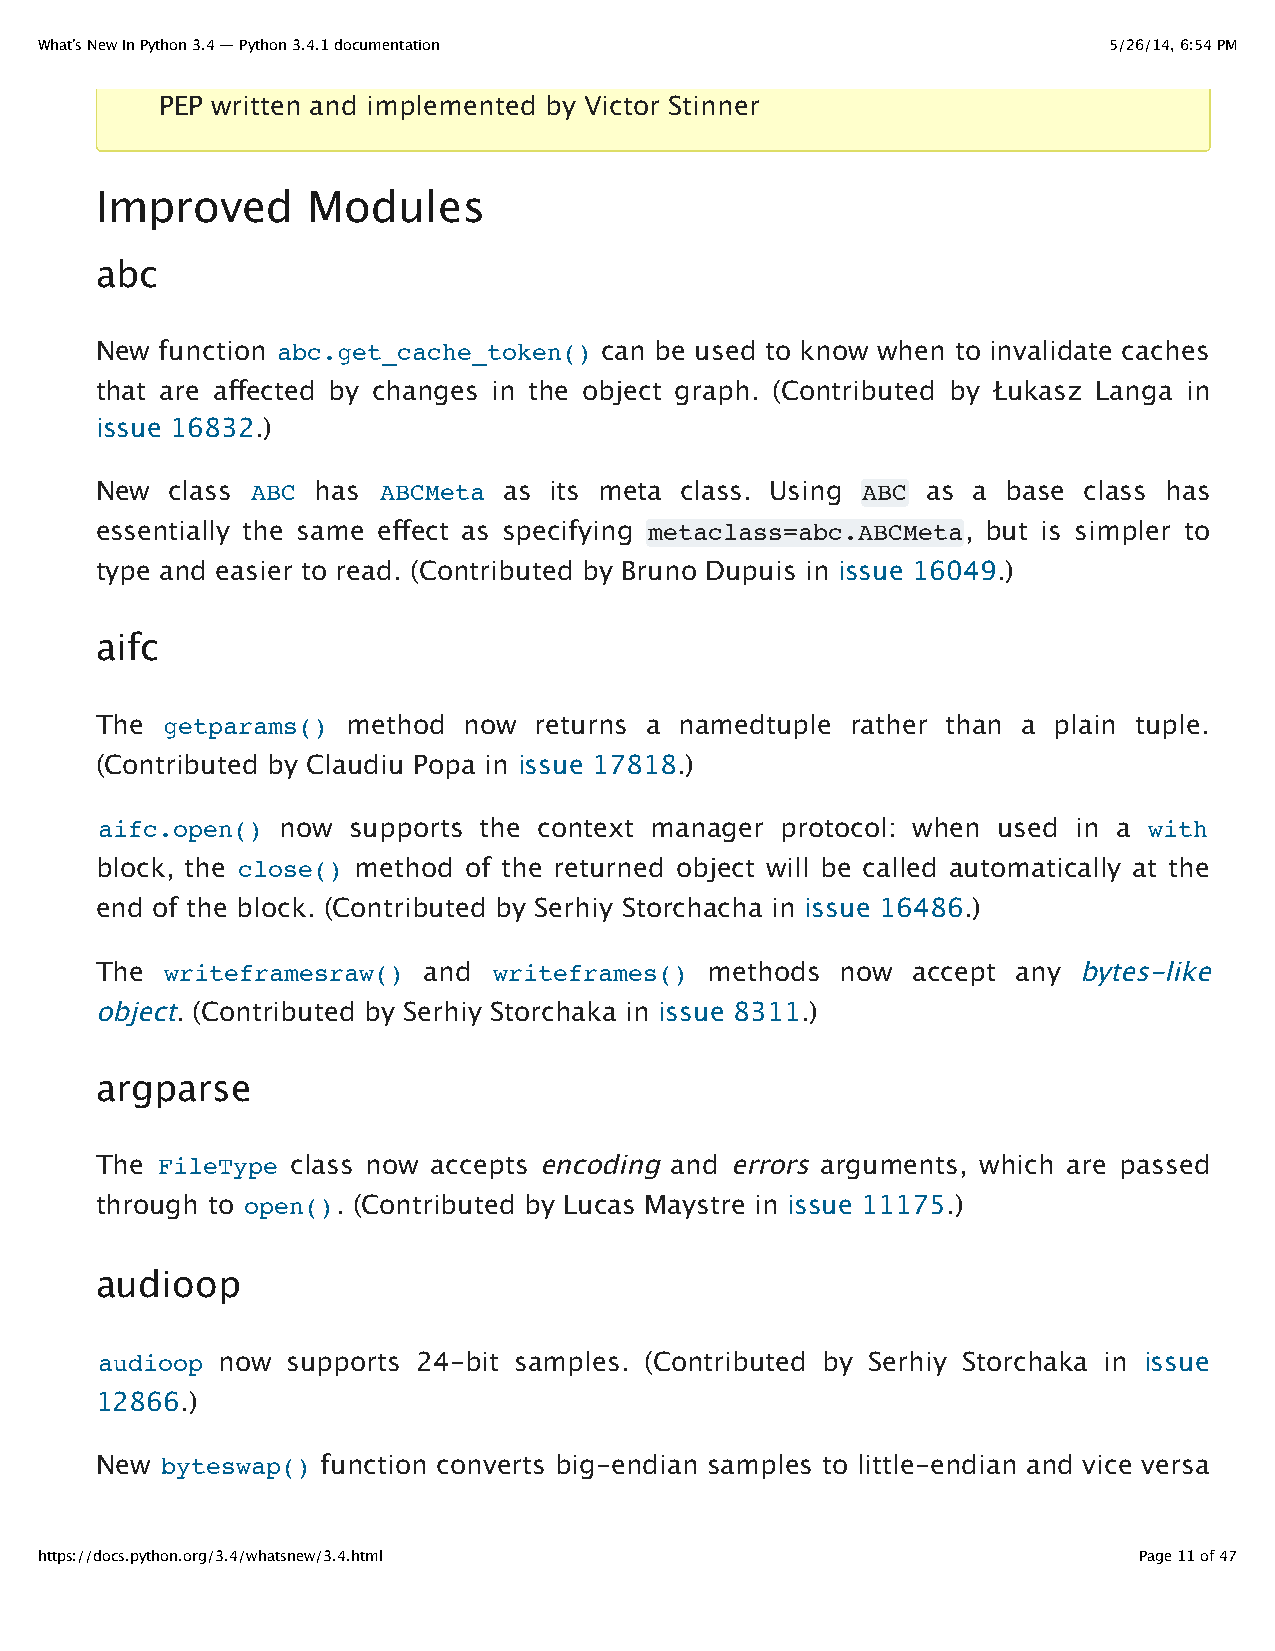
What’s New In Python 3.4 — Python 3.4.1 documentation                  5/26/14, 6:54 PM
 PEP written and implemented by Victor Stinner
 Improved      Modules
 abc
 New  function abc.get_cache_token() can be used to know when to invalidate caches
 that are affected by changes in the object graph. (Contributed by Łukasz Langa in
 issue 16832.)
 New  class ABC has ABCMeta as its meta class. Using ABC as a base class has
 essentially the same effect as specifying metaclass=abc.ABCMeta, but is simpler to
 type and easier to read. (Contributed by Bruno Dupuis in issue 16049.)
 aifc
 The  getparams() method  now returns a namedtuple rather than a plain tuple.
 (Contributed by Claudiu Popa in issue 17818.)
 aifc.open()  now supports the context manager protocol: when used in a with
 block, the close() method of the returned object will be called automatically at the
 end of the block. (Contributed by Serhiy Storchacha in issue 16486.)
 The  writeframesraw() and  writeframes() methods  now accept any bytes-like
 object. (Contributed by Serhiy Storchaka in issue 8311.)
 argparse
 The FileType class now accepts encoding and errors arguments, which are passed
 through to open(). (Contributed by Lucas Maystre in issue 11175.)
 audioop
 audioop now  supports 24-bit samples. (Contributed by Serhiy Storchaka in issue
 12866.)
 New  byteswap() function converts big-endian samples to little-endian and vice versa
 https://docs.python.org/3.4/whatsnew/3.4.html                            Page 11 of 47